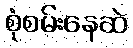
စုံစမ်းနေဆဲ